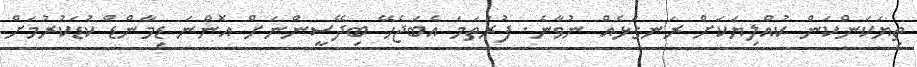
ތިޔަކަންކަން ކުއްލިޔަކަށް ރަނގަޅެއް ނުވާނެ. ފުރަތަމަ އެބަޖެހޭ ބިދޭސީންނަށް އޮންނަ ޑިމާންޑް ކުޑަކުރުމަށް